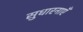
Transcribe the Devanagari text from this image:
सुधारनाएँ